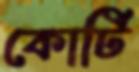
কোর্টি